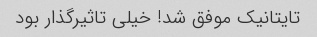
تایتانیک موفق شد! خیلی تاثیرگذار بود